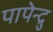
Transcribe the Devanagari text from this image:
पापेन्द्रु